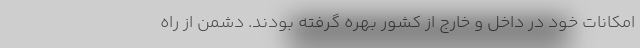
امکانات خود در داخل و خارج از کشور بهره گرفته بودند. دشمن از راه